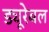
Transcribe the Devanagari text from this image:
ड्यूरेबल